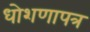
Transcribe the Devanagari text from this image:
धोशणापत्र